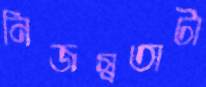
নিজস্বতাটা